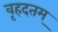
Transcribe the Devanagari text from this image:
वृहदतम्